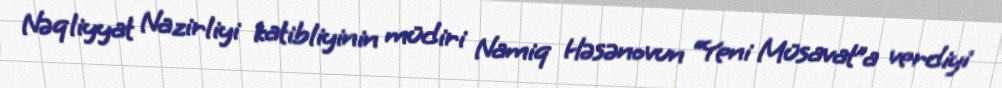
Nəqliyyat Nazirliyi katibliyinin müdiri Namiq Həsənovun “Yeni Müsavat”a verdiyi